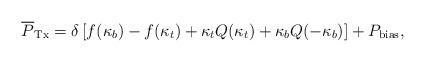
LaTeX: \begin{align*}\overline{P}_{\rm Tx}=\delta\left[f(\kappa_b)-f(\kappa_t)+\kappa_t Q(\kappa_t)+\kappa_bQ(-\kappa_b)\right]+P_{\rm bias},\end{align*}